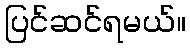
ပြင်ဆင်ရမယ်။